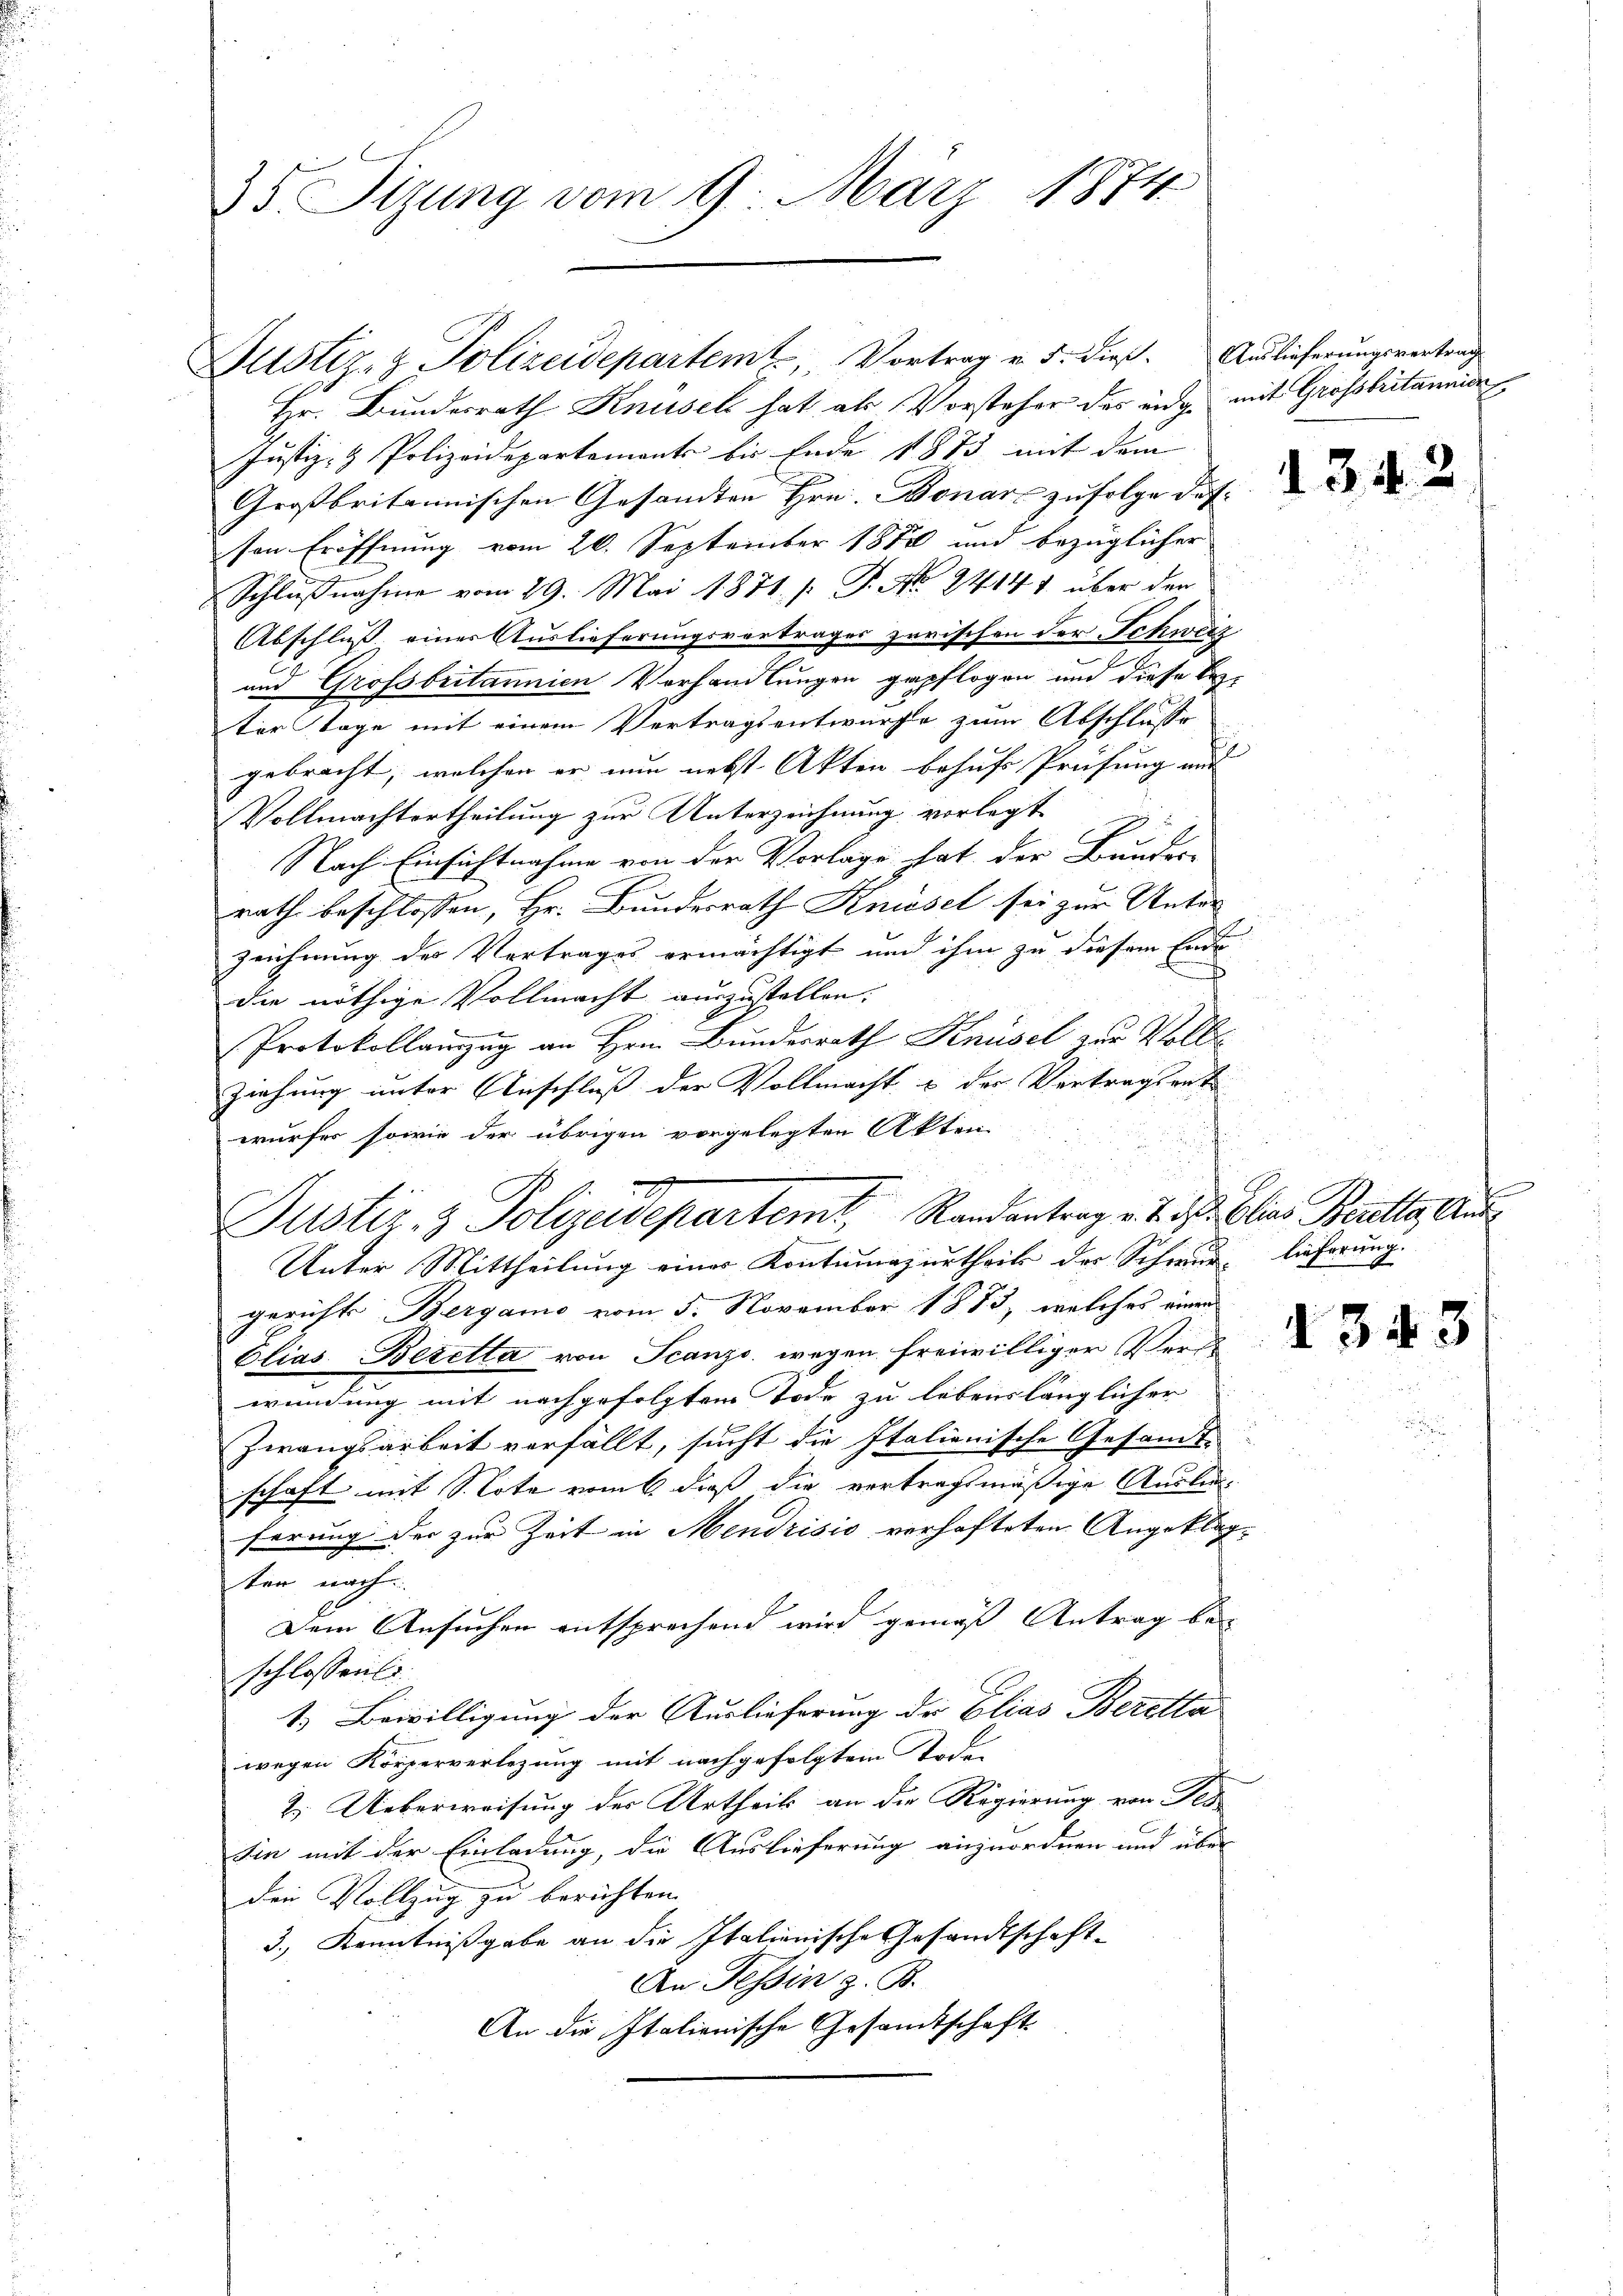
35 Sizung vom 9. März 1874

Justiz- & Polizeidepartem Vortrag v. 5. dieß. Auslieferungsvertrag
Hr. Bunderrath Knüsel hat als Vorsteher des eidge mit Grossbritannien
Justiz- & Polizeidepartements bis Ende 1873 mit dem
Großbritannischen Gesandten Hrn. Bonars zufolge des
sen Eröffnung vom 20. September 1888 und bezüglicher
Schlußnahme vom 29. Mai 1871. /: P. No. 24141 über der
Abschluß einer Auslieferungsvertrages zerischen der Schweiz
und Grossbutannien Vorhandlungen gepflogen und diese beter Tage mit einem Vertragsentwurfe zum Abschlusse
gebracht, welchen er nun nebst Akten behufs Prüfung und |
Vollmachtertheilung zur Unterzeichnung vorlegt
Nach Einsichtnahme von der Vorlage hat der Bunder-
rath beschlossen, Hr. Bundesrath Kniesel sei zur Unter
zeichnung des Vertrages ermächtigt und ihm zu diesem Ende
die nöthige Vollmacht auszustellen.
Protokollamzug an Hrn. Bundesrath Knüsel zur Voll
ziehung unter Anschluß der Vollmacht & der Vertragsent
wurfes sowie der übrigen vorgelegten Akten
Unter Mittheilung einer Kontumazurtheils der Schwur, lieferung
gerichts Bergamo vom 5. November 1873, welches einen
Elias Beretta von Scanze wegen freiwilliger Vers
wundung mit nachgefolgtem Tode zu lebenslänglicher
Zwangsarbeit verfällt, sucht die Italienische Gesamt-
schaft mit S. Tote vom 6. dieß die vertragsmäßige Auslieferung der zur Zeit in Mendrisis verhafteten Angeklagten nach
Dem Ansuchen entsprechend wird gemäß Antrag beschlossen.
1.) Bewilligung der Auslieferung der Elias Beretta
wegen Körperverlegung mit nachgefolgtem Tod
2. Ueberweisung des Urtheil an die Regierung von Fes
sin mit der Einladung, die Auslieferung anzuordnen und über
den Vollzug zu berichten.
3.) Kenntnißgabe an die Italienische Gesandtschaft-
An Tessin z. B.
An die Italienische Gesandtschaft

.
Justiz- & Polizeidepartemt, Randantrag v. 2. d. Obers Berathe Aus¬

1342

343